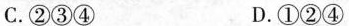
C.②③④ D.①②④